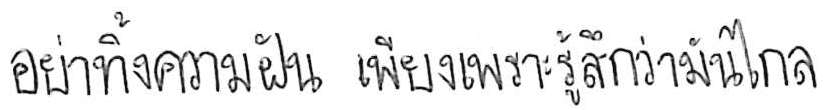
อย่าทิ้งความฝัน เพียงเพราะรู้สึกว่ามันไกล